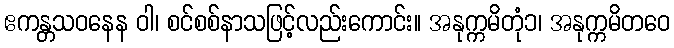
ဧကန္တသဝနေန ဝါ၊ စင်စစ်နာသဖြင့်လည်းကောင်း။ အနုက္ကမိတုံ၁၊ အနုက္ကမိတဝေ